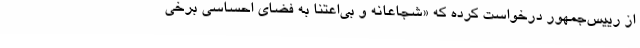
از رییس‌جمهور درخواست کرده که «شجاعانه و بی‌اعتنا به فضای احساسی برخی